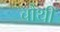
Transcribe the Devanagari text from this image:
चौथीं